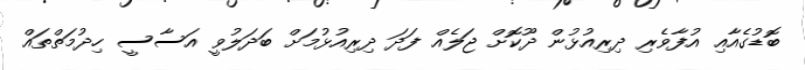
ބޮޑުގެއާއި އުފާވެރި ދިރިއުޅުން ދޫކޮށް ޖަލެއް ފަދަ ދިރިއުޅުމަށް ބަދަލުވީ އަސާސީ ހިދުމަތްތައް